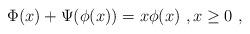
LaTeX: \begin{align*} \Phi(x) + \Psi(\phi(x)) = x \phi(x) \ , x \geq 0 \ ,\end{align*}